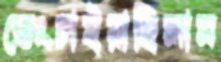
ভেংচাইয়াছিলাম